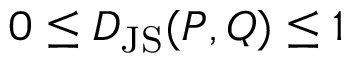
0 \leq D _ { \mathrm { J S } } ( P , Q ) \leq 1